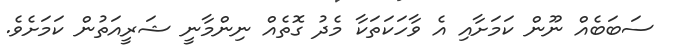
ސަބަބެއް ނޫން ކަމަށާއި އެ ވާހަކަތަކާ މެދު ގޮތެއް ނިންމާނީ ޝަރީއަތުން ކަމަށެވެ.